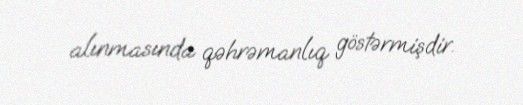
alınmasında qəhrəmanlıq göstərmişdir.